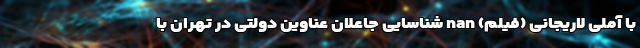
با آملی لاریجانی (فیلم) nan شناسایی جاعلان عناوین دولتی در تهران با